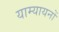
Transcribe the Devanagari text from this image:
याम्यायनों